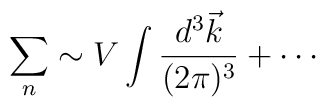
\sum_n \sim V \int { d^3 \vec k\over (2\pi)^3} + \cdots